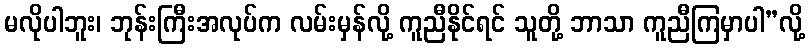
မလိုပါဘူး၊ ဘုန်းကြီးအလုပ်က လမ်းမှန်လို့ ကူညီနိုင်ရင် သူတို့ ဘာသာ ကူညီကြမှာပါ”လို့